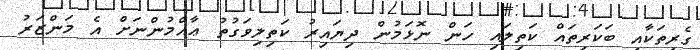
ގެރިތަކާއި ބަކަރިތައް ކަތިލައި ހަން ނޮޅަމުން ދިޔައިރު ކަތިލިވަގުތު ޢާއްމުންނަށް އެ މަންޒަރު